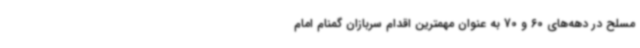
مسلح در دهه‌های 60 و 70 به عنوان مهمترین اقدام سربازان گمنام امام